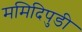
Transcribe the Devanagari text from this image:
ममिदिपुडी